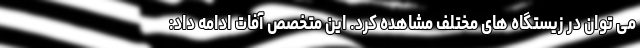
می توان در زیستگاه های مختلف مشاهده کرد. این متخصص آفات ادامه داد: